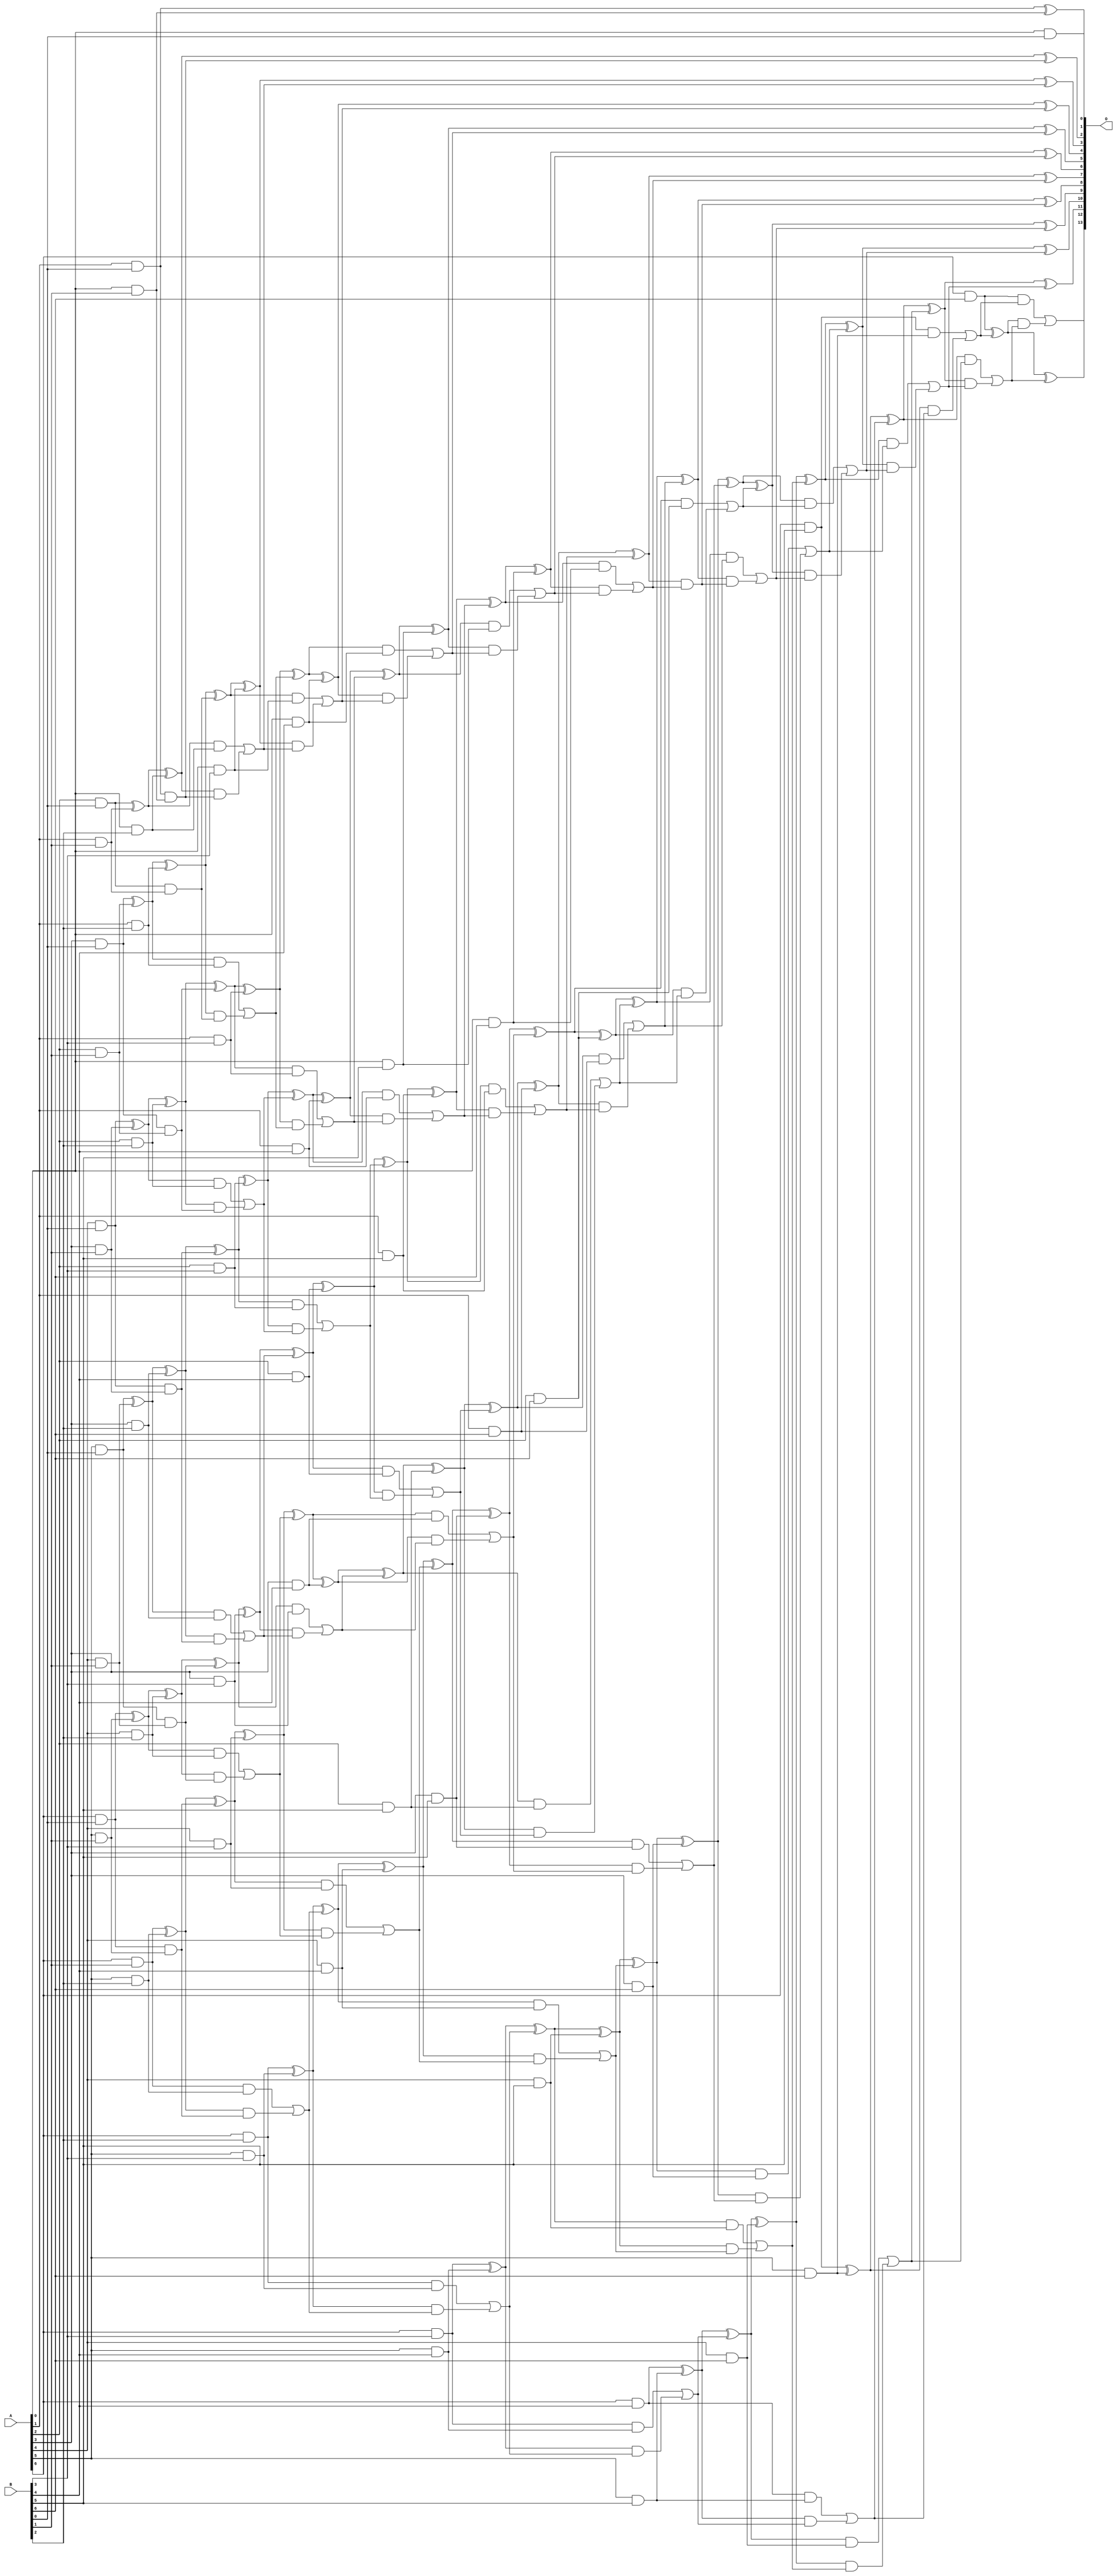
/***
* This code is a part of EvoApproxLib library (ehw.fit.vutbr.cz/approxlib) distributed under The MIT License.
* When used, please cite the following article(s): V. Mrazek, S. S. Sarwar, L. Sekanina, Z. Vasicek and K. Roy, "Design of power-efficient approximate multipliers for approximate artificial neural networks," 2016 IEEE/ACM International Conference on Computer-Aided Design (ICCAD), Austin, TX, 2016, pp. 1-7. doi: 10.1145/2966986.2967021 
* This file contains a circuit from a sub-set of pareto optimal circuits with respect to the pwr and wce parameters
***/
// MAE% = 0.00 %
// MAE = 0 
// WCE% = 0.00 %
// WCE = 0 
// WCRE% = 0.00 %
// EP% = 0.00 %
// MRE% = 0.00 %
// MSE = 0 
// PDK45_PWR = 0.277 mW
// PDK45_AREA = 536.4 um2
// PDK45_DELAY = 1.20 ns


module mul7u_01L(A, B, O);
  input [6:0] A, B;
  output [13:0] O;
  wire [6:0] A, B;
  wire [13:0] O;
  wire sig_15, sig_16, sig_17, sig_18, sig_19, sig_20;
  wire sig_21, sig_22, sig_23, sig_24, sig_25, sig_26;
  wire sig_27, sig_29, sig_30, sig_31, sig_32, sig_33;
  wire sig_34, sig_35, sig_36, sig_37, sig_38, sig_39;
  wire sig_40, sig_41, sig_42, sig_43, sig_44, sig_45;
  wire sig_46, sig_47, sig_48, sig_49, sig_51, sig_52;
  wire sig_53, sig_54, sig_55, sig_56, sig_57, sig_58;
  wire sig_59, sig_60, sig_61, sig_62, sig_63, sig_64;
  wire sig_65, sig_66, sig_67, sig_68, sig_69, sig_70;
  wire sig_71, sig_72, sig_73, sig_74, sig_75, sig_76;
  wire sig_77, sig_78, sig_79, sig_80, sig_81, sig_82;
  wire sig_83, sig_84, sig_85, sig_86, sig_88, sig_89;
  wire sig_90, sig_91, sig_92, sig_93, sig_94, sig_95;
  wire sig_96, sig_97, sig_98, sig_99, sig_100, sig_101;
  wire sig_102, sig_103, sig_104, sig_105, sig_106, sig_107;
  wire sig_108, sig_109, sig_110, sig_111, sig_112, sig_113;
  wire sig_114, sig_115, sig_116, sig_117, sig_118, sig_119;
  wire sig_120, sig_121, sig_122, sig_123, sig_125, sig_126;
  wire sig_127, sig_128, sig_129, sig_130, sig_131, sig_132;
  wire sig_133, sig_134, sig_135, sig_136, sig_137, sig_138;
  wire sig_139, sig_140, sig_141, sig_142, sig_143, sig_144;
  wire sig_145, sig_146, sig_147, sig_148, sig_149, sig_150;
  wire sig_151, sig_152, sig_153, sig_154, sig_155, sig_156;
  wire sig_157, sig_158, sig_159, sig_160, sig_162, sig_163;
  wire sig_164, sig_165, sig_166, sig_167, sig_168, sig_169;
  wire sig_170, sig_171, sig_172, sig_173, sig_174, sig_175;
  wire sig_176, sig_177, sig_178, sig_179, sig_180, sig_181;
  wire sig_182, sig_183, sig_184, sig_185, sig_186, sig_187;
  wire sig_188, sig_189, sig_190, sig_191, sig_192, sig_193;
  wire sig_194, sig_195, sig_196, sig_197, sig_199, sig_200;
  wire sig_201, sig_202, sig_203, sig_204, sig_205, sig_206;
  wire sig_207, sig_208, sig_209, sig_210, sig_211, sig_212;
  wire sig_213, sig_214, sig_215, sig_216, sig_217, sig_218;
  wire sig_219, sig_220, sig_221, sig_222, sig_223, sig_224;
  wire sig_226, sig_227, sig_228, sig_229, sig_231, sig_232;
  wire sig_233, sig_234, sig_236, sig_237, sig_238, sig_239;
  wire sig_241, sig_242, sig_243, sig_244, sig_246, sig_247;
  wire sig_248, sig_249;
  assign O[0] = A[0] & B[0];
  assign sig_15 = A[1] & B[0];
  assign sig_16 = A[2] & B[0];
  assign sig_17 = A[3] & B[0];
  assign sig_18 = A[4] & B[0];
  assign sig_19 = A[5] & B[0];
  assign sig_20 = A[6] & B[0];
  assign sig_21 = A[0] & B[1];
  assign sig_22 = A[1] & B[1];
  assign sig_23 = A[2] & B[1];
  assign sig_24 = A[3] & B[1];
  assign sig_25 = A[4] & B[1];
  assign sig_26 = A[5] & B[1];
  assign sig_27 = A[6] & B[1];
  assign O[1] = sig_15 ^ sig_21;
  assign sig_29 = sig_15 & sig_21;
  assign sig_30 = sig_16 ^ sig_22;
  assign sig_31 = sig_16 & sig_22;
  assign sig_32 = sig_17 ^ sig_23;
  assign sig_33 = sig_17 & sig_23;
  assign sig_34 = sig_18 ^ sig_24;
  assign sig_35 = sig_18 & sig_24;
  assign sig_36 = sig_19 ^ sig_25;
  assign sig_37 = sig_19 & sig_25;
  assign sig_38 = sig_20 ^ sig_26;
  assign sig_39 = sig_20 & sig_26;
  assign sig_40 = A[0] & B[2];
  assign sig_41 = A[1] & B[2];
  assign sig_42 = A[2] & B[2];
  assign sig_43 = A[3] & B[2];
  assign sig_44 = A[4] & B[2];
  assign sig_45 = A[5] & B[2];
  assign sig_46 = A[6] & B[2];
  assign sig_47 = sig_30 ^ sig_40;
  assign sig_48 = sig_30 & sig_40;
  assign sig_49 = sig_47 & sig_29;
  assign O[2] = sig_47 ^ sig_29;
  assign sig_51 = sig_48 | sig_49;
  assign sig_52 = sig_32 ^ sig_41;
  assign sig_53 = sig_32 & sig_41;
  assign sig_54 = sig_52 & sig_31;
  assign sig_55 = sig_52 ^ sig_31;
  assign sig_56 = sig_53 | sig_54;
  assign sig_57 = sig_34 ^ sig_42;
  assign sig_58 = sig_34 & sig_42;
  assign sig_59 = sig_57 & sig_33;
  assign sig_60 = sig_57 ^ sig_33;
  assign sig_61 = sig_58 | sig_59;
  assign sig_62 = sig_36 ^ sig_43;
  assign sig_63 = sig_36 & sig_43;
  assign sig_64 = sig_62 & sig_35;
  assign sig_65 = sig_62 ^ sig_35;
  assign sig_66 = sig_63 | sig_64;
  assign sig_67 = sig_38 ^ sig_44;
  assign sig_68 = sig_38 & sig_44;
  assign sig_69 = sig_67 & sig_37;
  assign sig_70 = sig_67 ^ sig_37;
  assign sig_71 = sig_68 | sig_69;
  assign sig_72 = sig_27 ^ sig_45;
  assign sig_73 = sig_27 & sig_45;
  assign sig_74 = sig_72 & sig_39;
  assign sig_75 = sig_72 ^ sig_39;
  assign sig_76 = sig_73 | sig_74;
  assign sig_77 = A[0] & B[3];
  assign sig_78 = A[1] & B[3];
  assign sig_79 = A[2] & B[3];
  assign sig_80 = A[3] & B[3];
  assign sig_81 = A[4] & B[3];
  assign sig_82 = A[5] & B[3];
  assign sig_83 = A[6] & B[3];
  assign sig_84 = sig_55 ^ sig_77;
  assign sig_85 = sig_55 & sig_77;
  assign sig_86 = sig_84 & sig_51;
  assign O[3] = sig_84 ^ sig_51;
  assign sig_88 = sig_85 | sig_86;
  assign sig_89 = sig_60 ^ sig_78;
  assign sig_90 = sig_60 & sig_78;
  assign sig_91 = sig_89 & sig_56;
  assign sig_92 = sig_89 ^ sig_56;
  assign sig_93 = sig_90 | sig_91;
  assign sig_94 = sig_65 ^ sig_79;
  assign sig_95 = sig_65 & sig_79;
  assign sig_96 = sig_94 & sig_61;
  assign sig_97 = sig_94 ^ sig_61;
  assign sig_98 = sig_95 | sig_96;
  assign sig_99 = sig_70 ^ sig_80;
  assign sig_100 = sig_70 & sig_80;
  assign sig_101 = sig_99 & sig_66;
  assign sig_102 = sig_99 ^ sig_66;
  assign sig_103 = sig_100 | sig_101;
  assign sig_104 = sig_75 ^ sig_81;
  assign sig_105 = sig_75 & sig_81;
  assign sig_106 = sig_104 & sig_71;
  assign sig_107 = sig_104 ^ sig_71;
  assign sig_108 = sig_105 | sig_106;
  assign sig_109 = sig_46 ^ sig_82;
  assign sig_110 = sig_46 & sig_82;
  assign sig_111 = sig_109 & sig_76;
  assign sig_112 = sig_109 ^ sig_76;
  assign sig_113 = sig_110 | sig_111;
  assign sig_114 = A[0] & B[4];
  assign sig_115 = A[1] & B[4];
  assign sig_116 = A[2] & B[4];
  assign sig_117 = A[3] & B[4];
  assign sig_118 = A[4] & B[4];
  assign sig_119 = A[5] & B[4];
  assign sig_120 = A[6] & B[4];
  assign sig_121 = sig_92 ^ sig_114;
  assign sig_122 = sig_92 & sig_114;
  assign sig_123 = sig_121 & sig_88;
  assign O[4] = sig_121 ^ sig_88;
  assign sig_125 = sig_122 | sig_123;
  assign sig_126 = sig_97 ^ sig_115;
  assign sig_127 = sig_97 & sig_115;
  assign sig_128 = sig_126 & sig_93;
  assign sig_129 = sig_126 ^ sig_93;
  assign sig_130 = sig_127 | sig_128;
  assign sig_131 = sig_102 ^ sig_116;
  assign sig_132 = sig_102 & sig_116;
  assign sig_133 = sig_131 & sig_98;
  assign sig_134 = sig_131 ^ sig_98;
  assign sig_135 = sig_132 | sig_133;
  assign sig_136 = sig_107 ^ sig_117;
  assign sig_137 = sig_107 & sig_117;
  assign sig_138 = sig_136 & sig_103;
  assign sig_139 = sig_136 ^ sig_103;
  assign sig_140 = sig_137 | sig_138;
  assign sig_141 = sig_112 ^ sig_118;
  assign sig_142 = sig_112 & sig_118;
  assign sig_143 = sig_141 & sig_108;
  assign sig_144 = sig_141 ^ sig_108;
  assign sig_145 = sig_142 | sig_143;
  assign sig_146 = sig_83 ^ sig_119;
  assign sig_147 = sig_83 & sig_119;
  assign sig_148 = sig_146 & sig_113;
  assign sig_149 = sig_146 ^ sig_113;
  assign sig_150 = sig_147 | sig_148;
  assign sig_151 = A[0] & B[5];
  assign sig_152 = A[1] & B[5];
  assign sig_153 = A[2] & B[5];
  assign sig_154 = A[3] & B[5];
  assign sig_155 = A[4] & B[5];
  assign sig_156 = A[5] & B[5];
  assign sig_157 = A[6] & B[5];
  assign sig_158 = sig_129 ^ sig_151;
  assign sig_159 = sig_129 & sig_151;
  assign sig_160 = sig_158 & sig_125;
  assign O[5] = sig_158 ^ sig_125;
  assign sig_162 = sig_159 | sig_160;
  assign sig_163 = sig_134 ^ sig_152;
  assign sig_164 = sig_134 & sig_152;
  assign sig_165 = sig_163 & sig_130;
  assign sig_166 = sig_163 ^ sig_130;
  assign sig_167 = sig_164 | sig_165;
  assign sig_168 = sig_139 ^ sig_153;
  assign sig_169 = sig_139 & sig_153;
  assign sig_170 = sig_168 & sig_135;
  assign sig_171 = sig_168 ^ sig_135;
  assign sig_172 = sig_169 | sig_170;
  assign sig_173 = sig_144 ^ sig_154;
  assign sig_174 = sig_144 & sig_154;
  assign sig_175 = sig_173 & sig_140;
  assign sig_176 = sig_173 ^ sig_140;
  assign sig_177 = sig_174 | sig_175;
  assign sig_178 = sig_149 ^ sig_155;
  assign sig_179 = sig_149 & sig_155;
  assign sig_180 = sig_178 & sig_145;
  assign sig_181 = sig_178 ^ sig_145;
  assign sig_182 = sig_179 | sig_180;
  assign sig_183 = sig_120 ^ sig_156;
  assign sig_184 = sig_120 & sig_156;
  assign sig_185 = sig_183 & sig_150;
  assign sig_186 = sig_183 ^ sig_150;
  assign sig_187 = sig_184 | sig_185;
  assign sig_188 = A[0] & B[6];
  assign sig_189 = A[1] & B[6];
  assign sig_190 = A[2] & B[6];
  assign sig_191 = A[3] & B[6];
  assign sig_192 = A[4] & B[6];
  assign sig_193 = A[5] & B[6];
  assign sig_194 = A[6] & B[6];
  assign sig_195 = sig_166 ^ sig_188;
  assign sig_196 = sig_166 & sig_188;
  assign sig_197 = sig_195 & sig_162;
  assign O[6] = sig_195 ^ sig_162;
  assign sig_199 = sig_196 | sig_197;
  assign sig_200 = sig_171 ^ sig_189;
  assign sig_201 = sig_171 & sig_189;
  assign sig_202 = sig_200 & sig_167;
  assign sig_203 = sig_200 ^ sig_167;
  assign sig_204 = sig_201 | sig_202;
  assign sig_205 = sig_176 ^ sig_190;
  assign sig_206 = sig_176 & sig_190;
  assign sig_207 = sig_205 & sig_172;
  assign sig_208 = sig_205 ^ sig_172;
  assign sig_209 = sig_206 | sig_207;
  assign sig_210 = sig_181 ^ sig_191;
  assign sig_211 = sig_181 & sig_191;
  assign sig_212 = sig_210 & sig_177;
  assign sig_213 = sig_210 ^ sig_177;
  assign sig_214 = sig_211 | sig_212;
  assign sig_215 = sig_186 ^ sig_192;
  assign sig_216 = sig_186 & sig_192;
  assign sig_217 = sig_215 & sig_182;
  assign sig_218 = sig_215 ^ sig_182;
  assign sig_219 = sig_216 | sig_217;
  assign sig_220 = sig_157 ^ sig_193;
  assign sig_221 = sig_157 & sig_193;
  assign sig_222 = sig_220 & sig_187;
  assign sig_223 = sig_220 ^ sig_187;
  assign sig_224 = sig_221 | sig_222;
  assign O[7] = sig_203 ^ sig_199;
  assign sig_226 = sig_203 & sig_199;
  assign sig_227 = sig_208 ^ sig_204;
  assign sig_228 = sig_208 & sig_204;
  assign sig_229 = sig_227 & sig_226;
  assign O[8] = sig_227 ^ sig_226;
  assign sig_231 = sig_228 | sig_229;
  assign sig_232 = sig_213 ^ sig_209;
  assign sig_233 = sig_213 & sig_209;
  assign sig_234 = sig_232 & sig_231;
  assign O[9] = sig_232 ^ sig_231;
  assign sig_236 = sig_233 | sig_234;
  assign sig_237 = sig_218 ^ sig_214;
  assign sig_238 = sig_218 & sig_214;
  assign sig_239 = sig_237 & sig_236;
  assign O[10] = sig_237 ^ sig_236;
  assign sig_241 = sig_238 | sig_239;
  assign sig_242 = sig_223 ^ sig_219;
  assign sig_243 = sig_223 & sig_219;
  assign sig_244 = sig_242 & sig_241;
  assign O[11] = sig_242 ^ sig_241;
  assign sig_246 = sig_243 | sig_244;
  assign sig_247 = sig_194 ^ sig_224;
  assign sig_248 = sig_194 & sig_224;
  assign sig_249 = sig_247 & sig_246;
  assign O[12] = sig_247 ^ sig_246;
  assign O[13] = sig_248 | sig_249;
endmodule